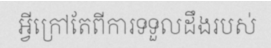
អ្វីក្រៅតែពីការទទួលដឹងរបស់